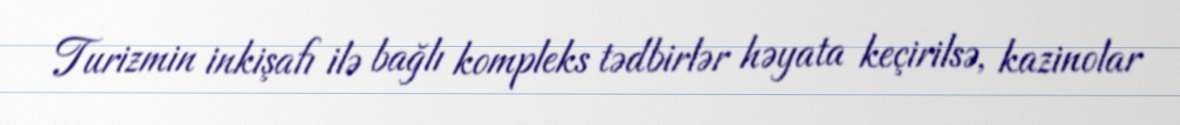
Turizmin inkişafı ilə bağlı kompleks tədbirlər həyata keçirilsə, kazinolar